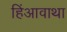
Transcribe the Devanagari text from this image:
हिंआवाथा